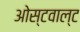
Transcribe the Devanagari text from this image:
ओस्टवाल्ट